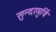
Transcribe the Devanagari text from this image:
सुन्दरमुर्थि